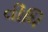
વીધિ